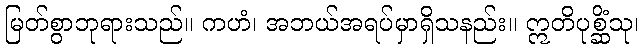
မြတ်စွာဘုရားသည်။ ကဟံ၊ အဘယ်အရပ်မှာရှိသနည်း။ ဣတိပုစ္ဆိံသု၊